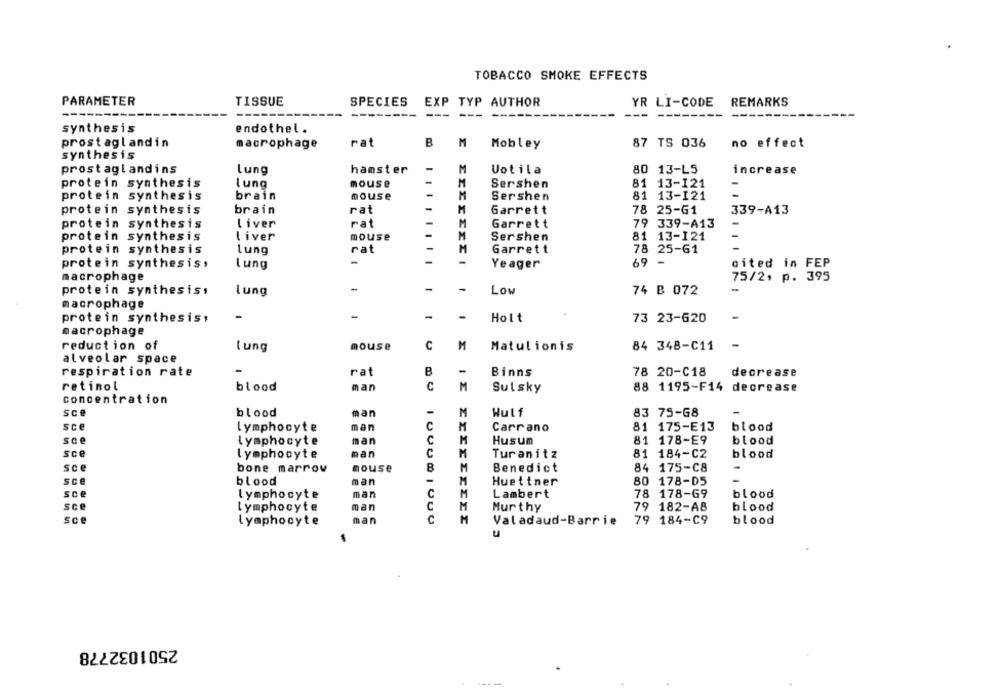
TOBACCO SMOKE EFFECTS
PARAMETER
TISSUE
SPECIES
EXP TYP AUTHOR
YR LI-CODE
REMARKS
---
------
------
---
synthesis
endothel .
prostaglandin
macrophage
rat
B
M
Mobley
87 TS 036
no effect
synthesis
prostaglandins
lung
hamster
Votila
80 13-L5
increase
protein synthesis
lung
mouse
-
Sershen
81 13-121
brain
mouse
-
81 13-121
protein synthesis
-
Sershen
protein synthesis
brain
rat
-
Garrett
78 25-61
339-A13
protein synthesis
liver
rat
-
79 339-A13
-
Garrett
protein synthesis
liver
mouse
-
Sershen
81 13-121
-
protein synthesis
Lung
rat
-
Garrett
78 25-61
-
protein synthesis.
lung
-
Yeager
69 -
cited in FEP
macrophage
75/2, p. 395
protein synthesis,
lung
-
-
Low
74 B 072
-
macrophage
protein synthesis;
-
-
Holt
73 23-620
macrophage
reduction of
tung
mouse
C
M
Matulionis
84 348-C11
alveolar space
B
respiration rate
rat
-
Binns
78 20-C18
decrease
retinol
blood
man
C
M
Sulsky
88 1195-F14 decrease
concentration
-
Sce
blood
man
Wulf
83 75-68
81 175-E13
sce
lymphocyte
man
Carrano
blood
sce
81 178-E9
blood
lymphocyte
man
Husum
sce
man
81 184-C2
blood
lymphocyte
Turanitz
sce
nouse
B
Benedict
84
175-C8
bone marrow
sce
blood
man
Huettner
80
178-D5
-
sce
lymphocyte
man
Lambert
78
178-69
blood
sce
lymphocyte
man
Mur thy
79
182-A8
blood
sce
lymphocyte
man
C
U DU 10000,000
M
Valadaud-Barrie
79 184-C9
blood
u
2501032778